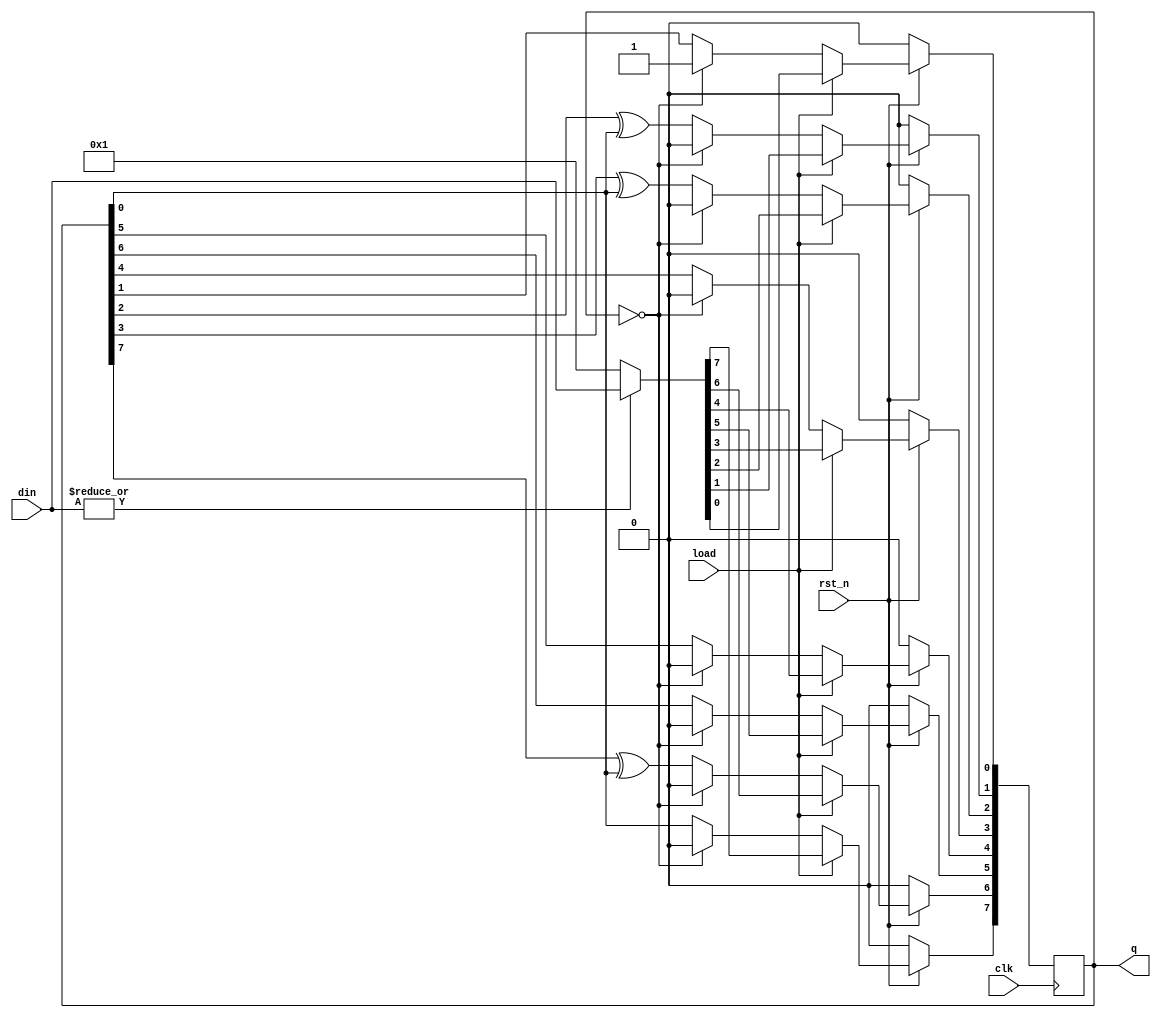
// Generated Polynomial:  x^8 + x^6 + x^5 + x + 1

module LFSR (output reg [0:7] q,
             input clk, rst_n, load,
             input [0:7] din);
    
    always @(posedge clk) begin
        if (~rst_n) 
            q <= 8'b0;
        else begin
            if (load)
                q <= (|din) ? din : 8'b0000_0001;
            else begin
                if (q == 8'b0) q <= 8'b0000_0001;
                else begin
                    q[7] <= q[6];
                    q[6] <= q[5] ^ q[7];
                    q[5] <= q[4] ^ q[7];
                    {q[4], q[3], q[2]} <= {q[3], q[2], q[1]};
                    q[1] <= q[0] ^ q[7];
                    q[0] <= q[7];
                end
            end
        end
    end
    
endmodule

module LFSR2 (output reg [1:8] q,
              input clk, rst_n, load,
              input [1:8] din);
    
    always @(posedge clk) begin
        if (~rst_n) 
            q <= 8'b0;
        else begin
            if (load)
                q <= (|din) ? din : 8'b0000_0001;
            else begin
                if (q == 8'b0) q <= 8'b0000_0001;
                else begin
                    q[8] <= q[7];
                    q[7] <= q[6] ^ q[8];
                    q[6] <= q[5] ^ q[8];
                    {q[5], q[4], q[3]} <= {q[4], q[3], q[2]};
                    q[2] <= q[1] ^ q[8];
                    q[1] <= q[8];
                end
            end
        end
    end
    
endmodule